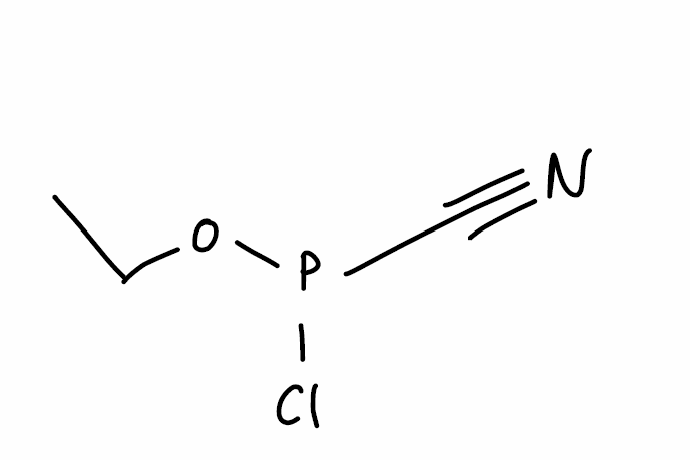
Simplified molecular-input line-entry system (SMILES) notation of the given molecule:
CCOP(C#N)Cl